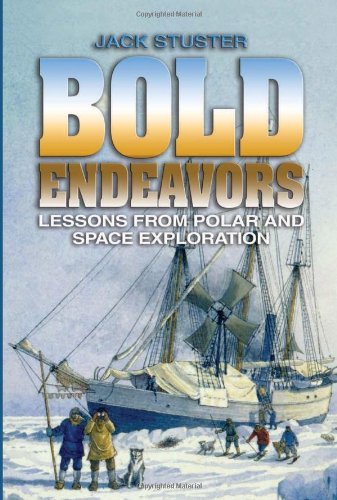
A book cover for Bold Endeavors: Lessons from Polar and Space Exploration; Jack Stuster; History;